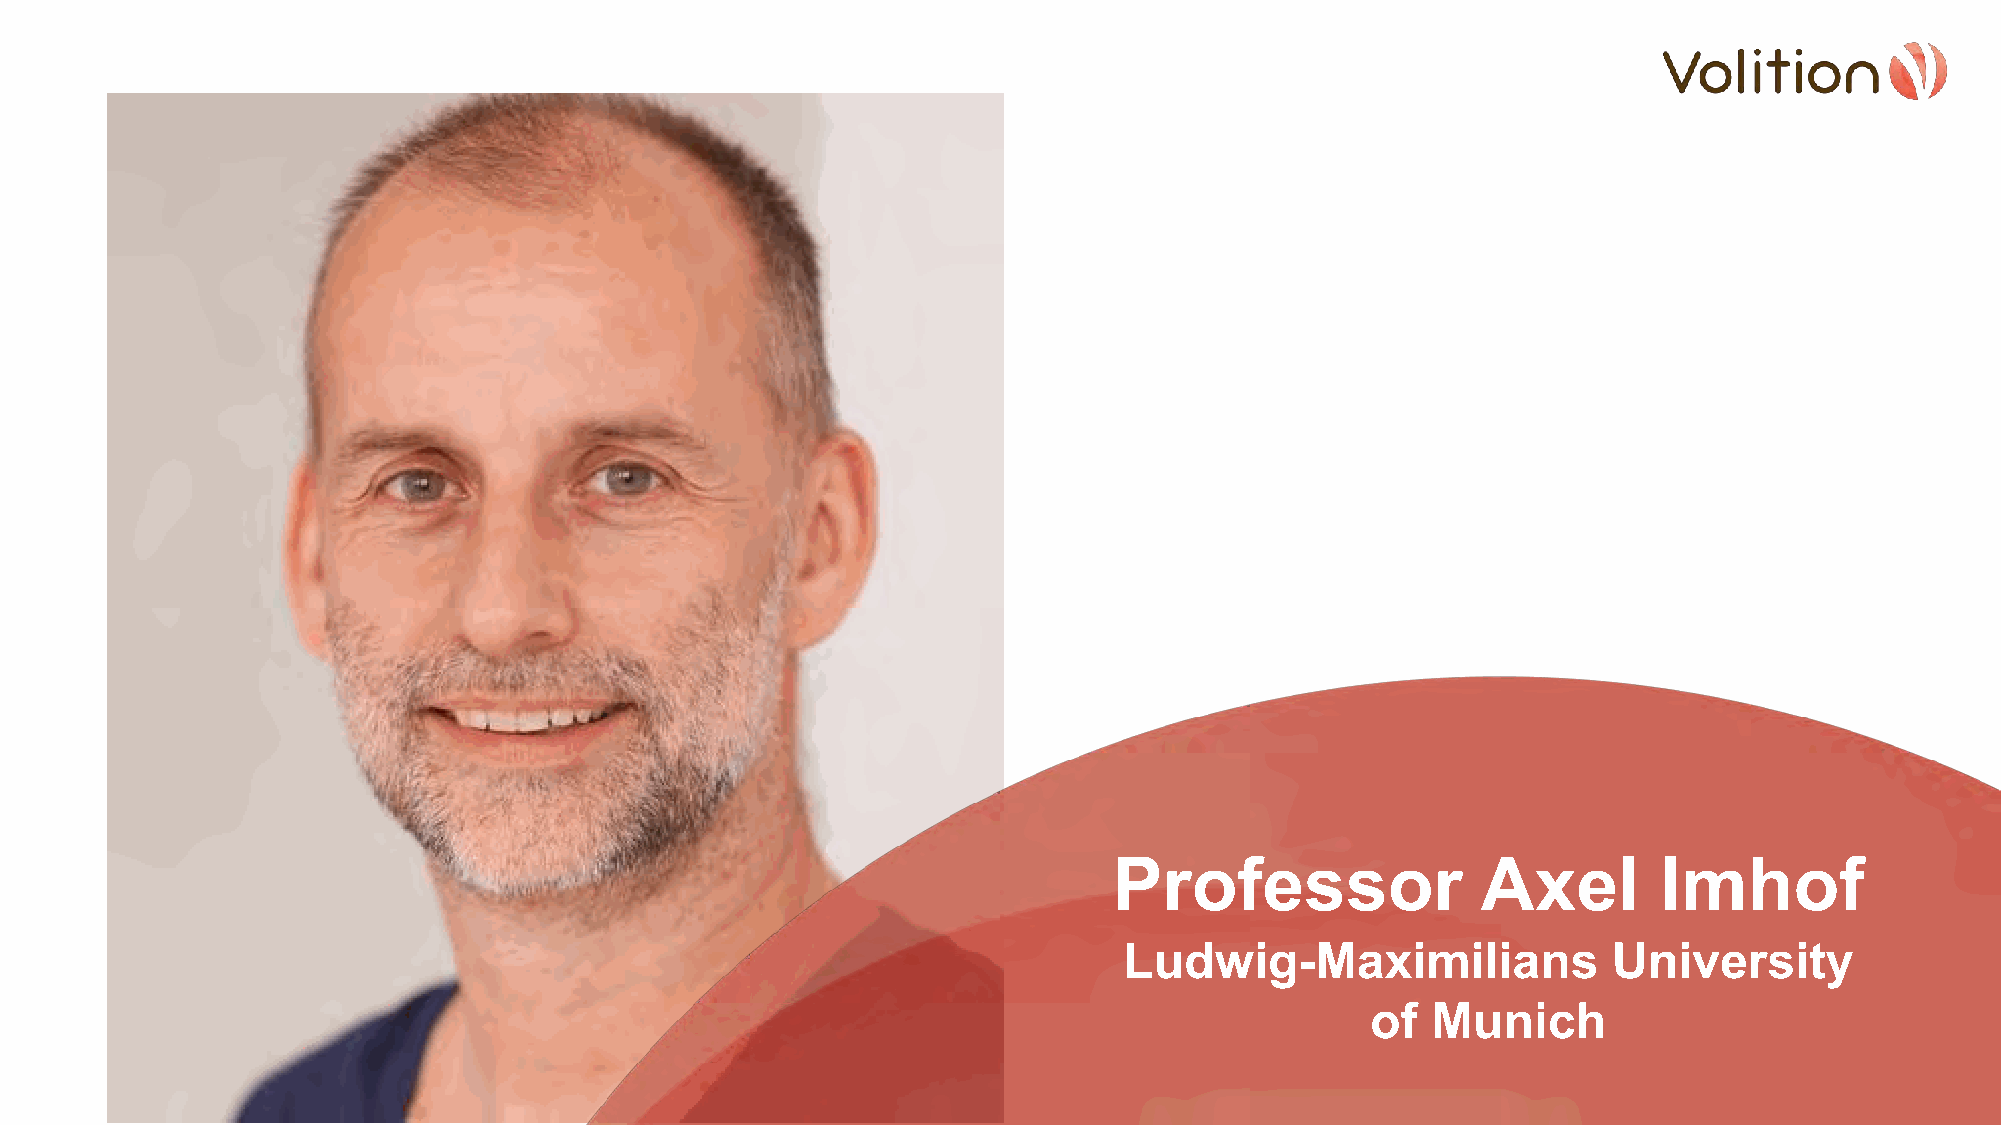
Professor               Axel        Imhof
 Ludwig-Maximilians               University
 of  Munich